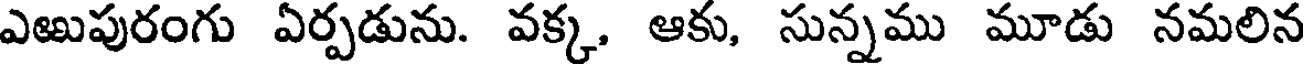
ఎఱుపురంగు ఏర్పడును. వక్క, ఆకు, సున్నము మూడు నమలిన